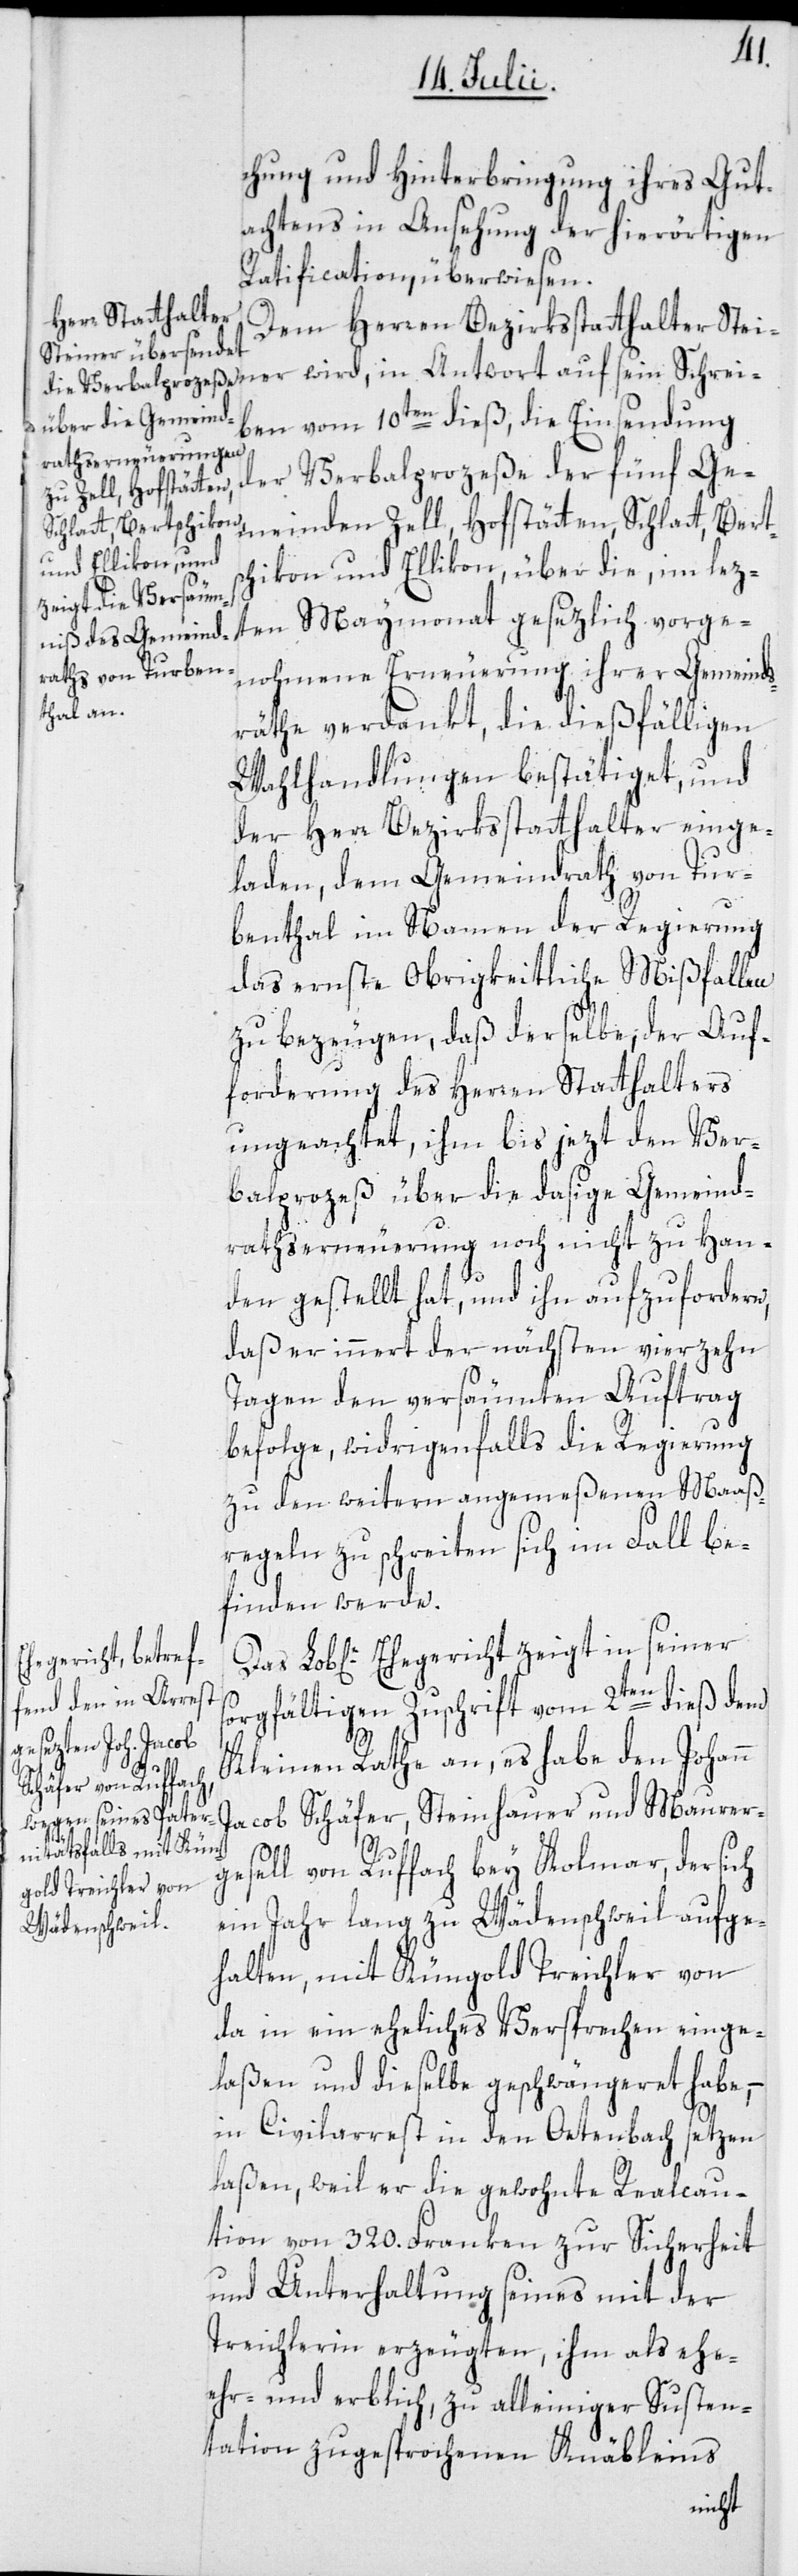
chung und Hinterbringung ihres Gut¬
achtens in Ansehung der hierörtigen
Ratification, überwiesen.
Dem Herren Bezirksstatthalter Stei¬
iben vom 10ten dieß, die Einsendung
der Verbalprozeße der fünf Ge¬
meinden Zell, Hofstätten, Schlatt, Berts¬
chikon und Ellikon, über die, im lez¬
ten Maymonat gesezlich vorge¬
nohmene Erneuerung ihrer Gemeinds¬
räthe verdankt, die dießfälligen
Wahlhandlungen bestätiget, und
der Herr Bezirksstatthalter einge¬
laden, dem Gemeindrath von Tur¬
benthal im Namen der Regierung
das ernste Obrigkeitliche Mißfallen
zu bezeugen, daß derselbe, der Auf¬
forderung des Herren Statthalters
ungeachtet, ihm bis jezt den Ver¬
balprozeß über die dasige Gemeind¬
rathserneuerung noch nicht zu Han¬
ner
den gestellt hat, und ihn aufzufordern,
daß er innert der nächsten vierzehn
Tagen den versäumten Auftrag
befolge, widrigenfalls die Regierung
zu den weitern angemeßenen Maaß¬
regeln zu schreiten sich im Fall be¬
finden werde.
Lob[liche] Ehegericht zeigt in seiner
sorgfältigen Zuschrift vom 2ten dieß dem
Kleinen Rathe an, es habe den Johann
e-[,]
Jacob Schäfer, Steinhauer und Maurer¬
gesell von Ruffach bey Kolmar, der sich
ein Jahr lang zu Wädenschweil aufge¬
halten, mit Küngold Treichler von
da in ein eheliches Versprechen einge¬
laßen und dieselbe geschwängeret habe, –
in Civilarrest in den Oetenbach setzen
laßen, weil er die gewohnte Realcau¬
tion von 320. Franken zur Sicherheit
und Unterhaltung seines mit der
Treichlerin erzeugten, ihm als eh¬
ehr- und erblich, zu alleiniger Susten¬
tation zugesprochenen Knäbleins